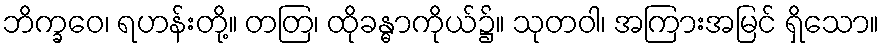
ဘိက္ခဝေ၊ ရဟန်းတို့။ တတြ၊ ထိုခန္ဓာကိုယ်၌။ သုတဝါ၊ အကြားအမြင် ရှိသော။